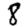
Digit: 8